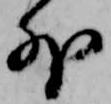
外